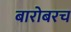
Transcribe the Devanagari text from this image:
बारोबरच